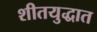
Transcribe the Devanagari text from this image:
शीतयुद्धात